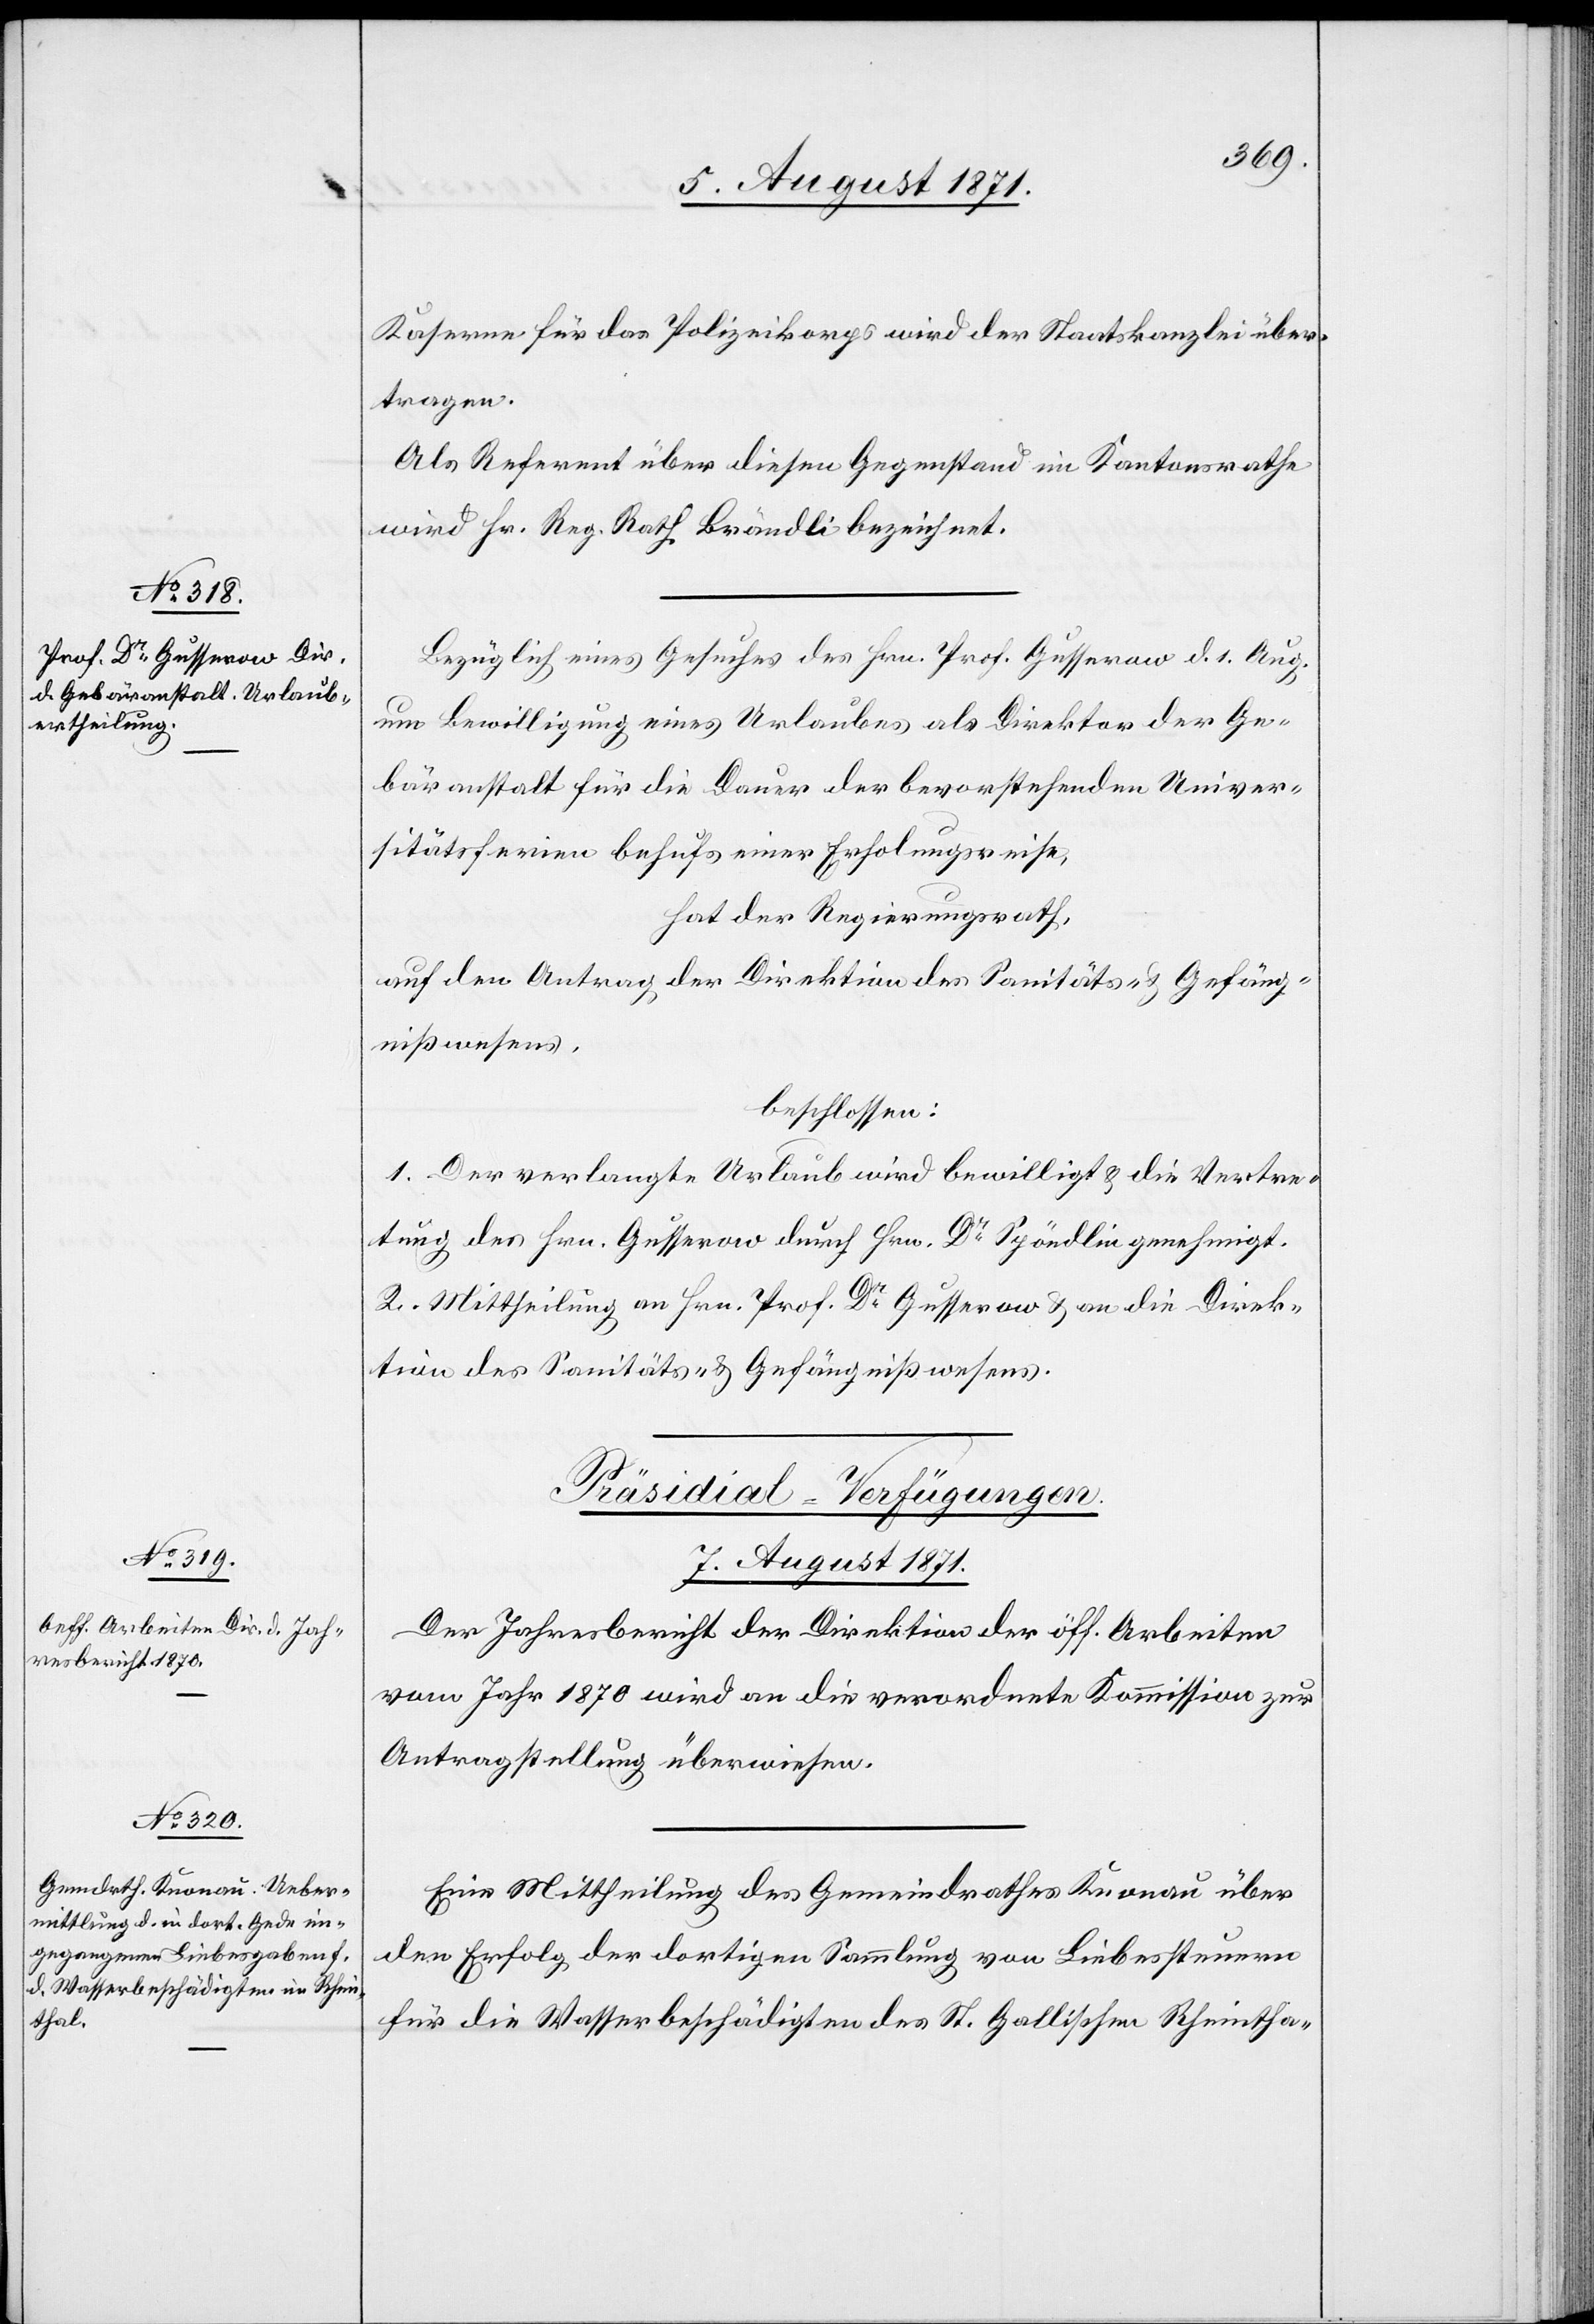
Kaserne für das Polizeikorps wird der Staatskanzlei über¬
tragen.
Als Referent über diesen Gegenstand im Kantonsrathe
wird Hr. Reg. Rath Brändli bezeichnet.
Bezüglich eines Gesuches des Hrn. Prof. Gusserow d. 1. Aug.
um Bewilligung eines Urlaubes als Direktor der Ge¬
bäranstalt für die Dauer der bevorstehenden Univer¬
sitätsferien behufs einer Erholungsreise,
hat der Regierungsrath,
auf den Antrag der Direktion des Sanitäts- u. Gefäng¬
nißwesens,
beschlossen:
1. Der verlangte Urlaub wird bewilligt u. die Vertre¬
tung des Hrn. Gusserow durch Hrn. Dr. Spöndlin genehmigt.
2. Mittheilung an Hrn. Prof. Dr. Gusserow u. an die Direk¬
tion des Sanitäts- u. Gefängnißwesens.
[Präsidial-Verfügungen
7. August 1871.]
Der Jahresbericht der Direktion der öff. Arbeiten
vom Jahr 1870 wird an die verordnete Kommission zur
Antragstellung überwiesen.
Eine Mittheilung des Gemeindrathes Knonau über
den Erfolg der dortigen Sammlung von Liebessteuern
für die Wasserbeschädigten des St. Gallischen Rheintha-